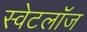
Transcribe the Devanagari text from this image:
स्वेटलॉज